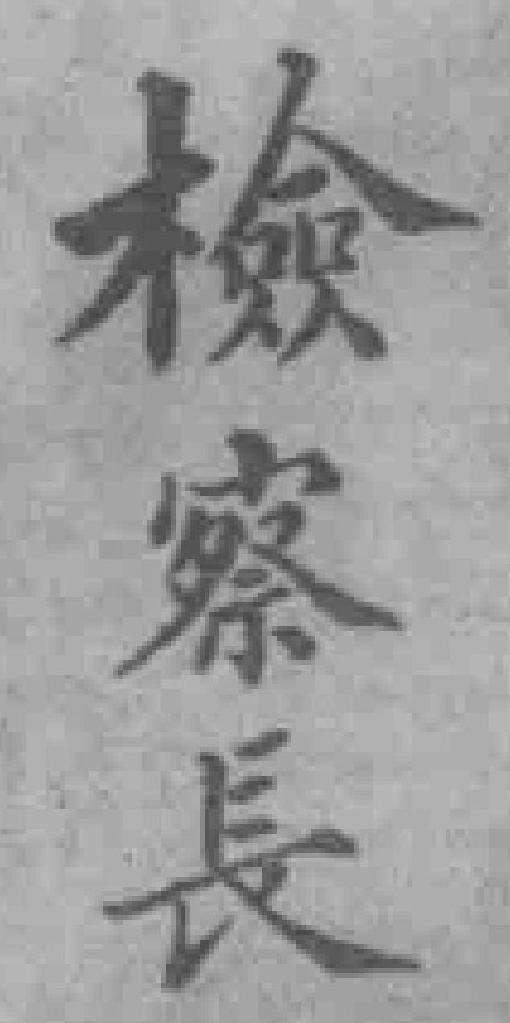
檢察長